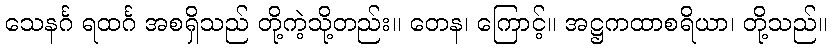
သေနင်္ဂ ရထင်္ဂ အစရှိသည် တို့ကဲ့သို့တည်း။ တေန၊ ကြောင့်။ အဋ္ဌကထာစရိယာ၊ တို့သည်။